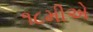
૧૮મીએ